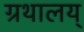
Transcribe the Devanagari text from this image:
ग्रथालय्